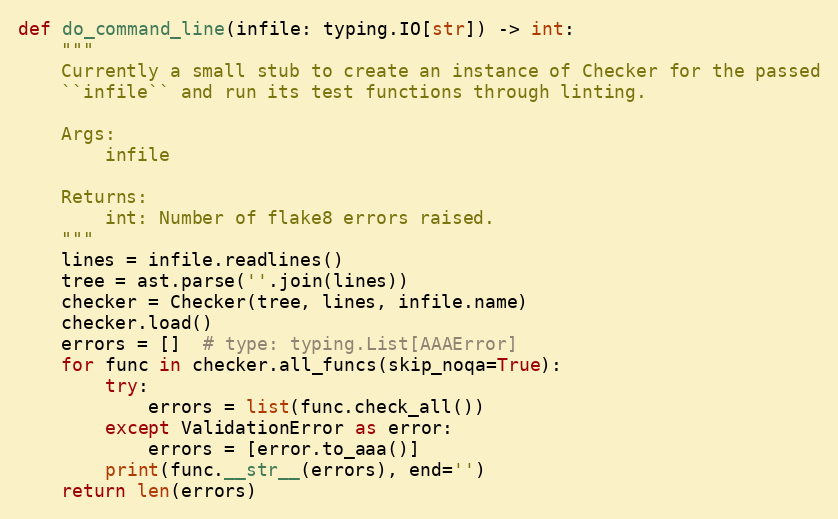
Language: Python
def do_command_line(infile: typing.IO[str]) -> int:
    """
    Currently a small stub to create an instance of Checker for the passed
    ``infile`` and run its test functions through linting.

    Args:
        infile

    Returns:
        int: Number of flake8 errors raised.
    """
    lines = infile.readlines()
    tree = ast.parse(''.join(lines))
    checker = Checker(tree, lines, infile.name)
    checker.load()
    errors = []  # type: typing.List[AAAError]
    for func in checker.all_funcs(skip_noqa=True):
        try:
            errors = list(func.check_all())
        except ValidationError as error:
            errors = [error.to_aaa()]
        print(func.__str__(errors), end='')
    return len(errors)